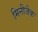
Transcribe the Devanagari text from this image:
मिनीजैक